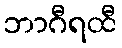
ဘာဂီရထီ